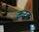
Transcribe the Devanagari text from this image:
करत